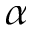
\alpha